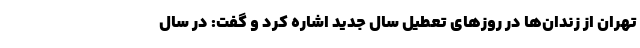
تهران از زندان‌ها در روزهای تعطیل سال جدید اشاره کرد و گفت: در سال